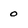
Character: 0